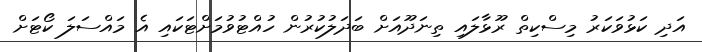
އަދި ކަޅުވަކަރު މިސްކިތް ރޫޅާލައި ތިނަދޫއަށް ބަދަލުކުރުން ހުއްޓުވުމަށްޓަކައި އެ މައްސަލަ ކޯޓަށް